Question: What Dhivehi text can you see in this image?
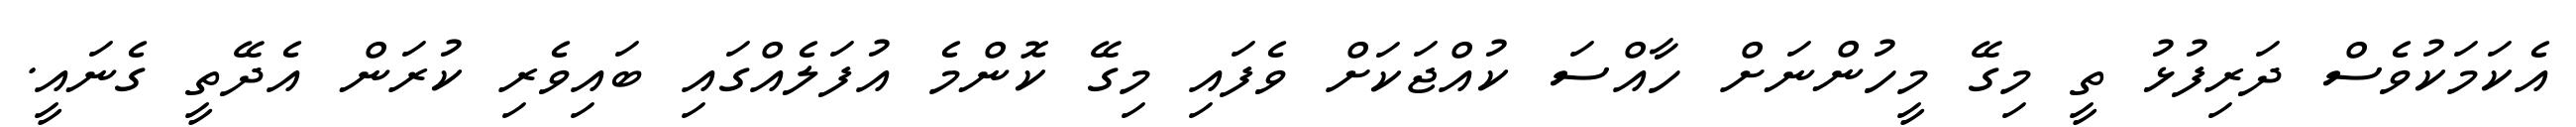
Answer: އެކަމަކުވެސް ދަރިފުޅު ތީ މިގޭ މީހުންނަށް ހާއްސަ ކުއްޖަކަށް ވެފައި މިގޭ ކޮންމެ އުފަލެއްގައި ބައިވެރި ކުރަން އެދޭތީ ގެނައީ.